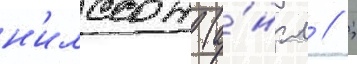
н'илссон (а́нгл // ;